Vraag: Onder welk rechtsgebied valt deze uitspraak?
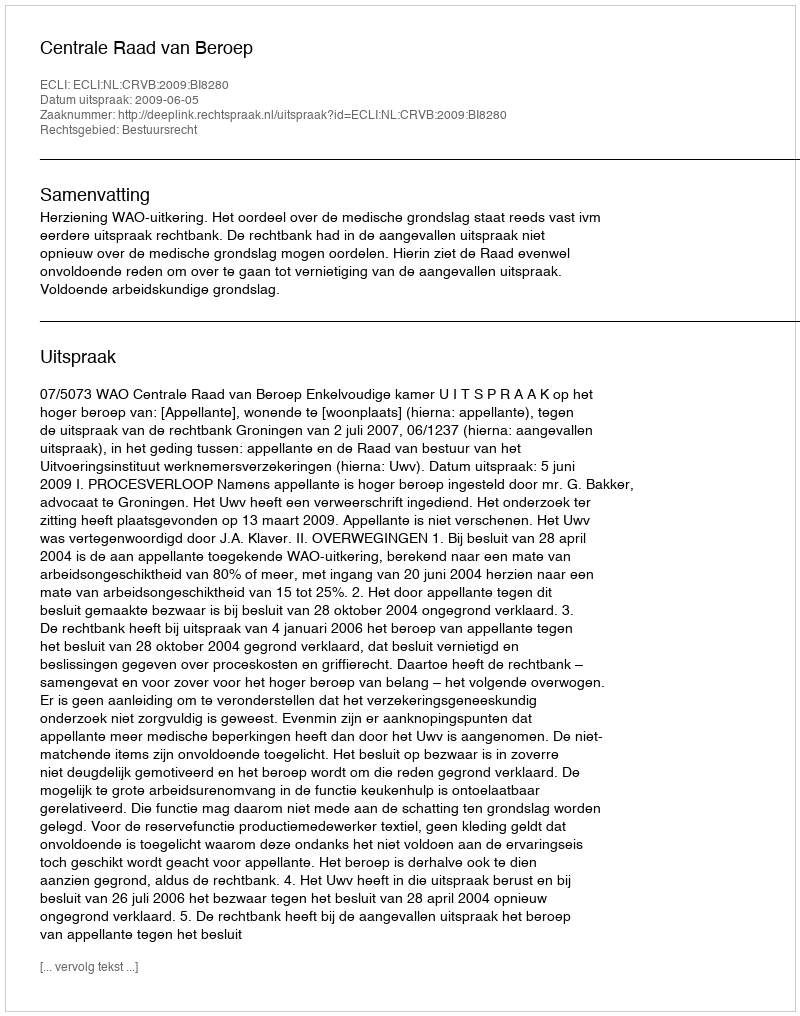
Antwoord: Bestuursrecht